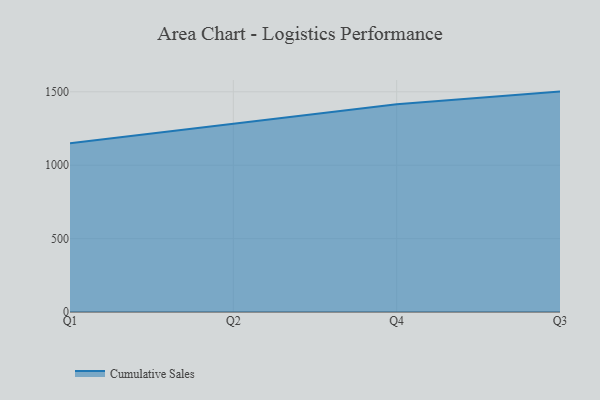
{"axis": {"x": "Quarter", "y": "Tickets Resolved"}, "legend": ["Cumulative Sales"], "data": [{"x": "Q1", "y": 1149.0, "type": "Cumulative Sales"}, {"x": "Q2", "y": 1280.9, "type": "Cumulative Sales"}, {"x": "Q4", "y": 1414.7, "type": "Cumulative Sales"}, {"x": "Q3", "y": 1501.4, "type": "Cumulative Sales"}]}